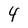
Character: 4